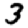
Digit: 3